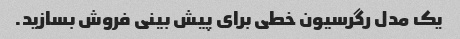
یک مدل رگرسیون خطی برای پیش بینی فروش بسازید.